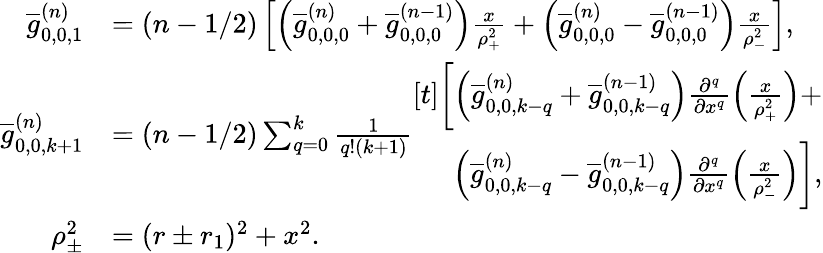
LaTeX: \begin{array}{rl}{\overline{{g}}_{0,0,1}^{(n)}}&{=(n-1/2)\left[\left(\overline{{g}}_{0,0,0}^{(n)}+\overline{{g}}_{0,0,0}^{(n-1)}\right)\frac{x}{\rho_{+}^{2}}+\left(\overline{{g}}_{0,0,0}^{(n)}-\overline{{g}}_{0,0,0}^{(n-1)}\right)\frac{x}{\rho_{-}^{2}}\right],}\\ {\overline{{g}}_{0,0,k+1}^{(n)}}&{=(n-1/2)\sum_{q=0}^{k}\frac{1}{q!(k+1)}\begin{array}{r}{[t]\biggl[\left(\overline{{g}}_{0,0,k-q}^{(n)}+\overline{{g}}_{0,0,k-q}^{(n-1)}\right)\frac{\partial^{q}}{\partial x^{q}}\left(\frac{x}{\rho_{+}^{2}}\right)+}\\ {\left(\overline{{g}}_{0,0,k-q}^{(n)}-\overline{{g}}_{0,0,k-q}^{(n-1)}\right)\frac{\partial^{q}}{\partial x^{q}}\left(\frac{x}{\rho_{-}^{2}}\right)\biggr],}\end{array}}\\ {\rho_{\pm}^{2}}&{=(r\pm r_{1})^{2}+x^{2}.}\end{array}